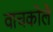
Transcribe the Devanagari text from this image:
वाचकोले